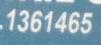
1361465